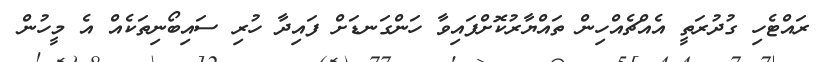
ރައްޓެހި ގުދުރަތީ އެއްޗެއްހިން ތައްޔާރުކޮށްފައިވާ ހަންގަނޑަށް ފައިދާ ހުރި ސައިބޯނިތަކެއް އެ މީހުން